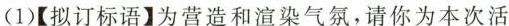
(1)【拟订标语】为营造和渲染气氛，请你为本次活